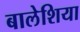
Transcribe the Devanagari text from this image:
बालेशिया